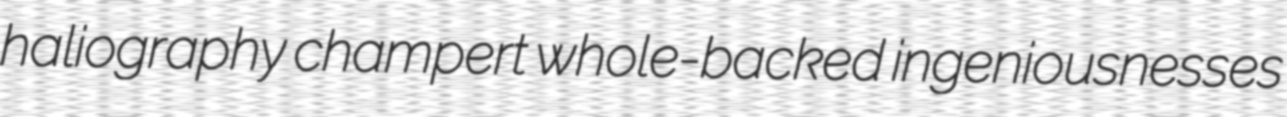
haliography champert whole-backed ingeniousnesses